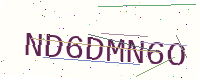
Text: ND6DMN6O